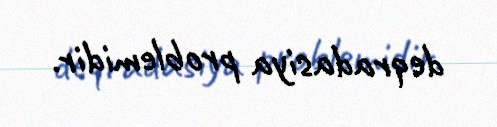
deqradasiya problemidir.